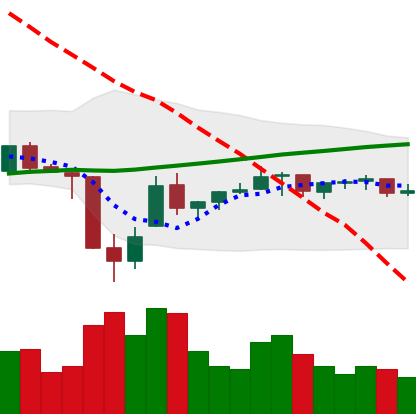
Ticker: TRX-USD
Chart end date: 2021-07-06
Forward return: -4.793%
Label: down_3_5